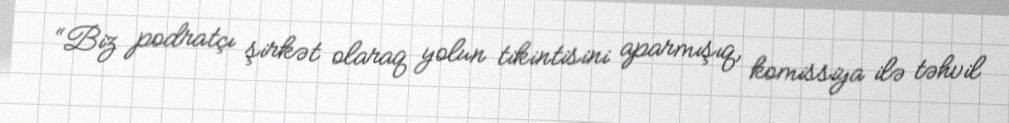
“Biz podratçı şirkət olaraq yolun tikintisini aparmışıq, komissiya ilə təhvil